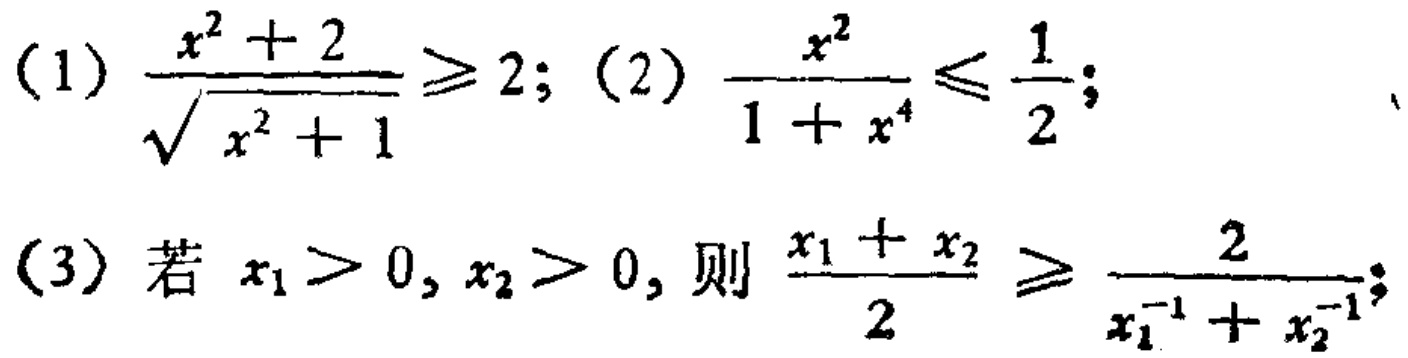
(1) \(\frac{x^{2}+2}{\sqrt{x^{2}+1}}\geqslant2\); (2) \(\frac{x^{2}}{1 + x^{4}}\leqslant\frac{1}{2}\);
(3) 若 \(x_{1}>0,x_{2}>0\), 则 \(\frac{x_{1}+x_{2}}{2}\geqslant\frac{2}{x_{1}^{-1}+x_{2}^{-1}}\);